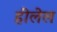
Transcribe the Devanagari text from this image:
हीलेल